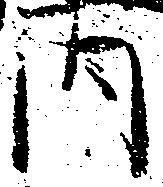
内